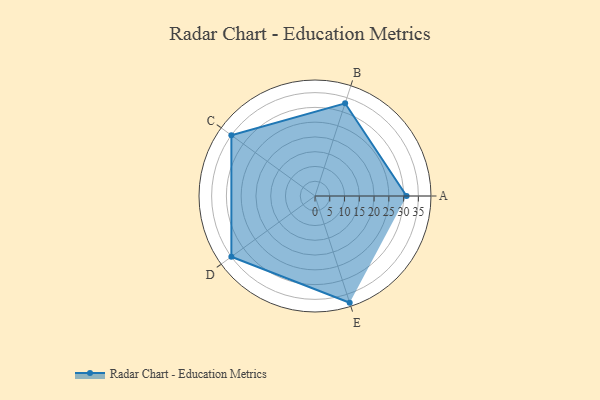
{"axis": {"x": "Skill", "y": "Score"}, "legend": ["Profile"], "data": [{"x": "A", "y": 31.0, "type": "Profile"}, {"x": "B", "y": 33.0, "type": "Profile"}, {"x": "C", "y": 35.0, "type": "Profile"}, {"x": "D", "y": 35.0, "type": "Profile"}, {"x": "E", "y": 38.0, "type": "Profile"}]}